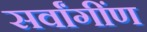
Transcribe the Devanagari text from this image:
सर्वांगींण